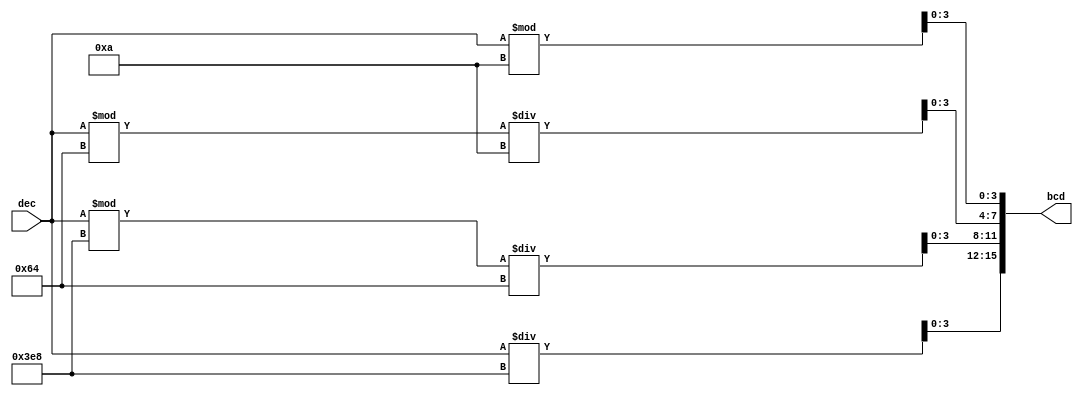
module dec2bcd(dec, bcd);
	input[15:0] dec;
	output[15:0] bcd;

	assign bcd[15-:4] = dec / 1000;
	assign bcd[11-:4] = (dec % 1000) / 100;
	assign bcd[7-:4] = (dec % 100) / 10;
	assign bcd[3-:4] = (dec % 10);
endmodule